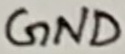
Text: GND